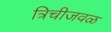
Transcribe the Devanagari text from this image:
त्रिचीजवळ